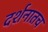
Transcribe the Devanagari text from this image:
दर्शनातच